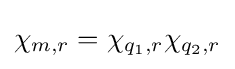
\chi _{m,r}=\chi _{q_{1},r}\chi _{q_{2},r}